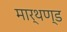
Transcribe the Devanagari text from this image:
मार्थण्ड